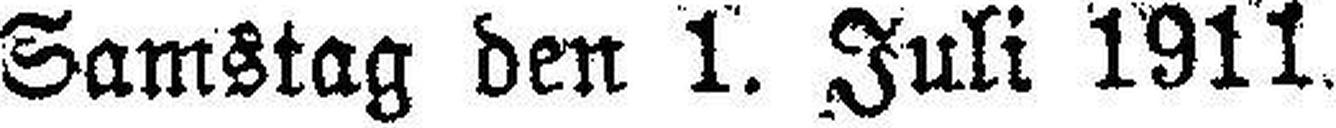
Samstag den 1. Juli 1911.